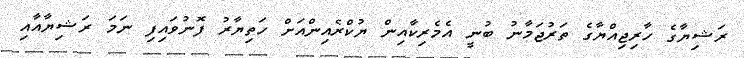
ރަޝިޔާގެ ހާރިޖިއްޔާގެ ތަރުޖަމާނު ބުނީ އެމެރިކާއިން ޔުކްރެއިންއަށް ހަތިޔާރު ފޮނުވައިފި ނަމަ ރަޝިޔާއާއި